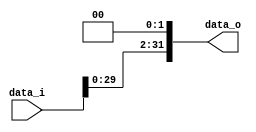
//             Alden Rivera 0416329
//             Jorge Pineda 0416330
//Subject:      CO project 2 - Shift_Left_Two_32
//--------------------------------------------------------------------------------
//Version:     1
//--------------------------------------------------------------------------------
//Description: 
//--------------------------------------------------------------------------------

module Shift_Left_Two_32(
    data_i,
    data_o
    );

//I/O ports                    
input [32-1:0] data_i;
output reg [32-1:0] data_o;

//shift left 2
always@(*)
begin
    data_o=data_i << 2;
end
endmodule